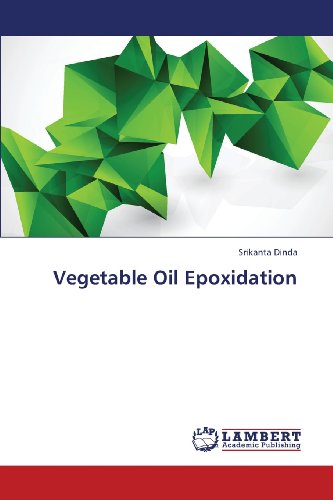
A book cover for Vegetable Oil Epoxidation; Srikanta Dinda; Engineering & Transportation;